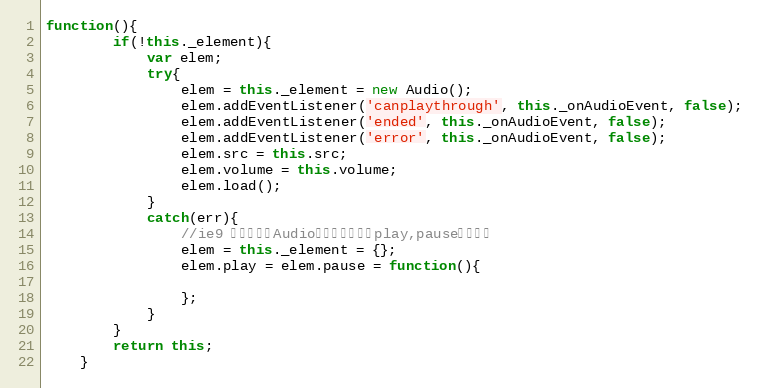
Language: JavaScript
function(){
        if(!this._element){
            var elem;
            try{
                elem = this._element = new Audio();
                elem.addEventListener('canplaythrough', this._onAudioEvent, false);
                elem.addEventListener('ended', this._onAudioEvent, false);
                elem.addEventListener('error', this._onAudioEvent, false);
                elem.src = this.src;
                elem.volume = this.volume;
                elem.load();
            }
            catch(err){
                //ie9 某些版本有Audio对象，但是执行play,pause会报错！
                elem = this._element = {};
                elem.play = elem.pause = function(){

                };
            }
        }
        return this;
    }